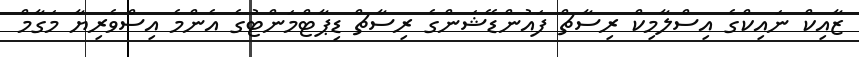
ޒާއިކް ނައިކްގެ އިސްލާމިކް ރިސާޗް ފައުންޑޭޝަންގެ ރިސާޗް ޑިޕާޓްމަންޓުގެ އެންމެ އިސްވެރިޔާ މަގާމް